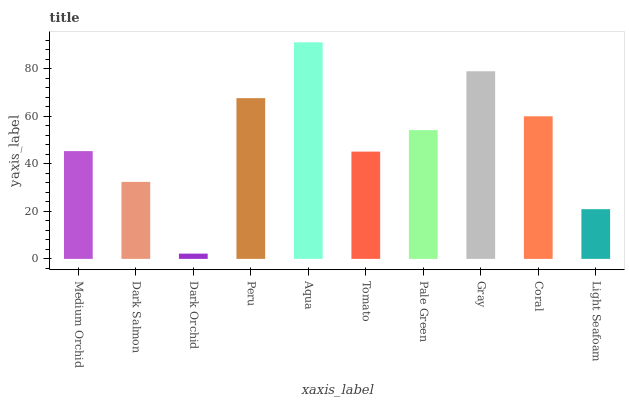
| xaxis_label | bars |
 | --- | --- |
 | Medium Orchid | 45.3 |
 | Dark Salmon | 32.4 |
 | Dark Orchid | 2.21 |
 | Peru | 67.6 |
 | Aqua | 91.1 |
 | Tomato | 45.1 |
 | Pale Green | 54.2 |
 | Gray | 78.9 |
 | Coral | 60 |
 | Light Seafoam | 20.9 |